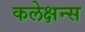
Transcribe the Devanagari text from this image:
कलेक्षन्स